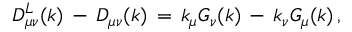
D _ { \mu \nu } ^ { L } ( k ) \, - \, D _ { \mu \nu } ( k ) \, = \, k _ { \mu } G _ { \nu } ( k ) \, - \, k _ { \nu } G _ { \mu } ( k ) \, ,